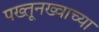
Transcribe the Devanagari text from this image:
पख्तूनख्वाच्या